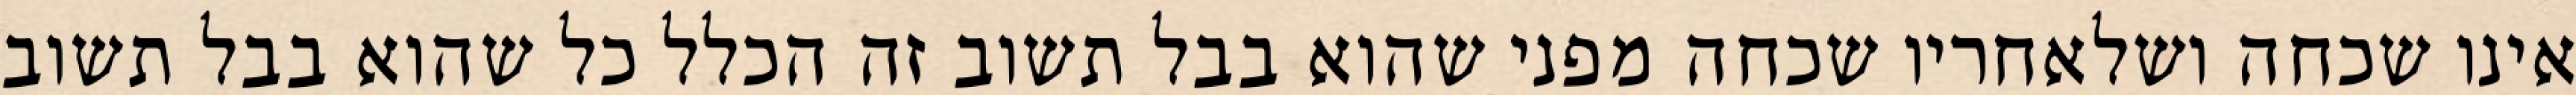
אינו שכחה ושלאחריו שכחה מפני שהוא בבל תשוב זה הכלל כל שהוא בבל תשוב